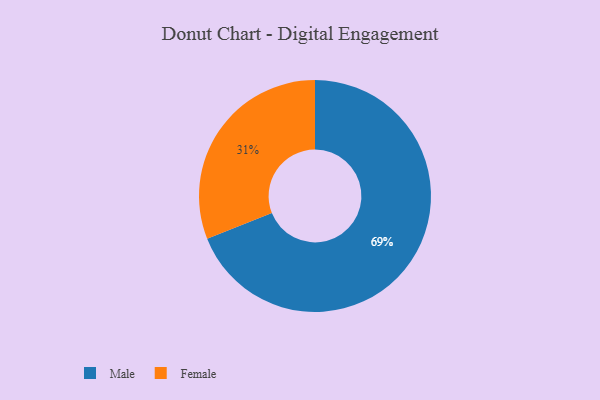
{"axis": {"x": "Category", "y": "Percentage"}, "legend": ["Female", "Male"], "data": [{"x": "Female", "y": 31, "type": "Female"}, {"x": "Male", "y": 69, "type": "Male"}]}